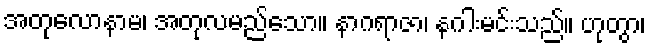
အတုလောနာမ၊ အတုလမည်သော။ နာဂရာဇာ၊ နဂါးမင်းသည်။ ဟုတွာ၊